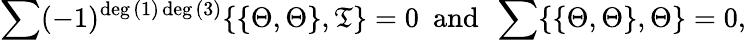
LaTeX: \sum(-1)^{\deg{(1)}\deg{(3)}}\{ \{ \Theta,\Theta\} ,\mathfrak{T}\} =0~~\mathrm{{and}}~~\sum\{ \{ \Theta,\Theta\} ,\Theta\} =0,